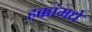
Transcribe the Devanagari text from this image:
हक्कांमधे